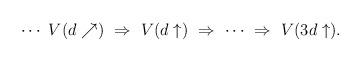
LaTeX: \begin{align*}\cdots \,\, V(d\nearrow)\,\,\Rightarrow \,\,V(d\uparrow)\,\,\Rightarrow \,\,\cdots \,\,\Rightarrow \,\, V(3d\uparrow).\end{align*}